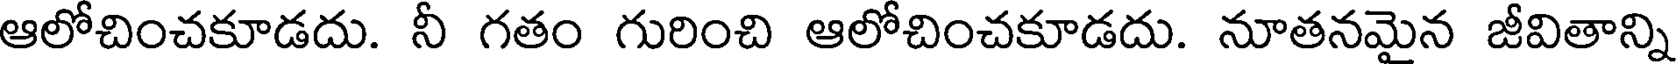
ఆలోచించకూడదు. నీ గతం గురించి ఆలోచించకూడదు. నూతనమైన జీవితాన్ని